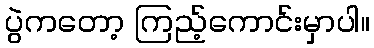
ပွဲကတော့ ကြည့်ကောင်းမှာပါ။